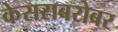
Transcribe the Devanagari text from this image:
केसराबरोबर